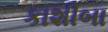
કાશીબા